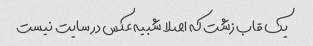
یک قاب زشت که اصلا شبیه عکس در سایت نیست